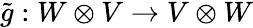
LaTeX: {\tilde{g}}:W\otimes V\to V\otimes W